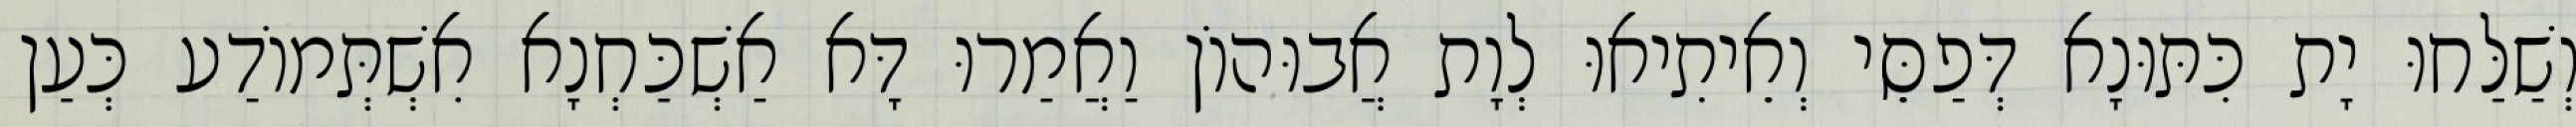
וְשַׁלַּחוּ יָת כִּתּוּנָא דְּפַסֵּי וְאֵיתִיאוּ לְוָת אֲבוּהוֹן וַאֲמַרוּ דָּא אַשְׁכַּחְנָא אִשְׁתְּמוֹדַע כְּעַן